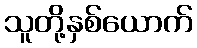
သူတို့နှစ်ယောက်